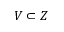
V \subset Z